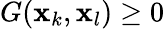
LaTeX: G(\mathbf{x}_{k},\mathbf{x}_{l})\ge 0